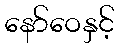
နော်ဝေနှင့်